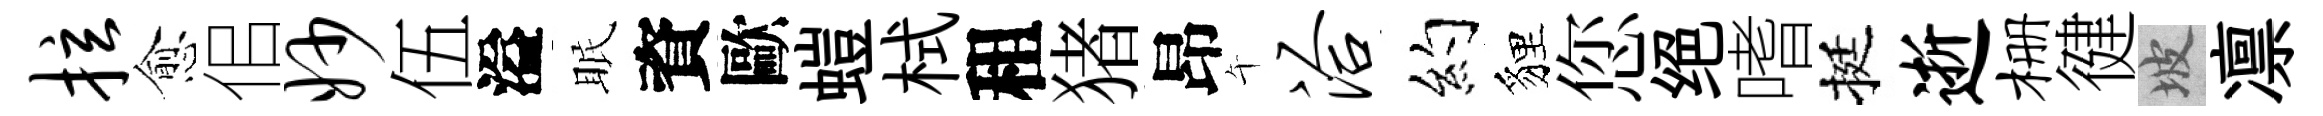
拉愈佀妙伍溢眠資歐螘栻租猪昂午洽约貍您绝嗜挺逝栅徤坡凛